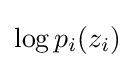
\log p_{i}(z_{i})